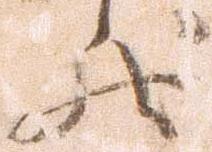
状